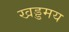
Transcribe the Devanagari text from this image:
खड्डमय